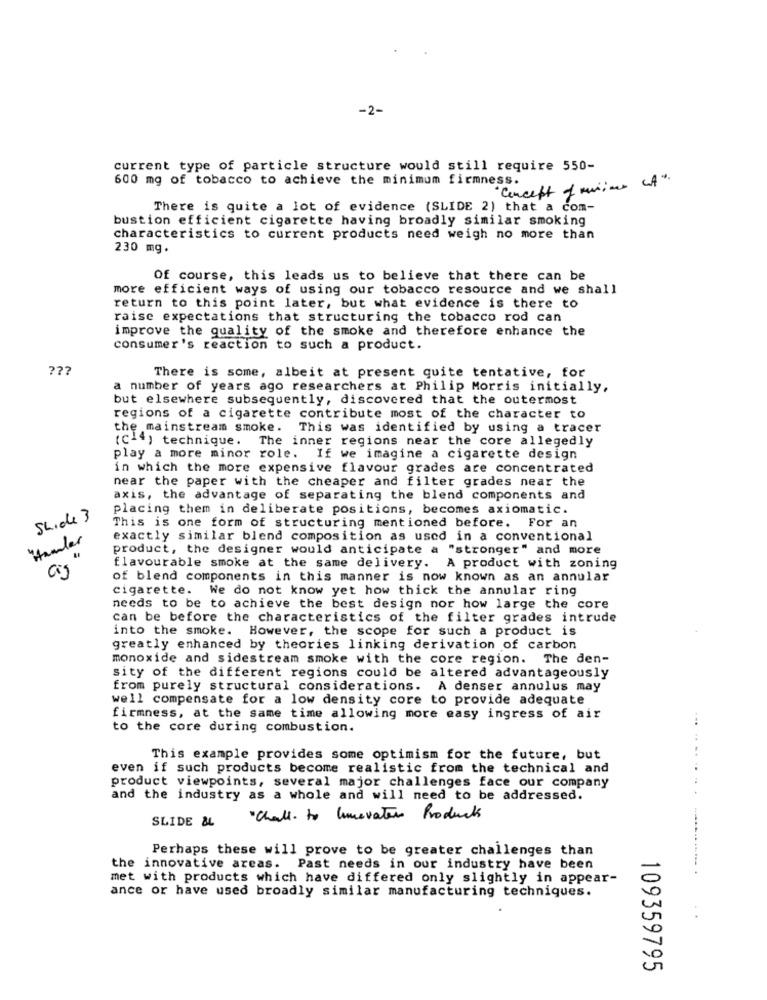
-2-
current type of particle structure would still require 550-
600 mg of tobacco to achieve the minimum firmness.
·Concept of minime LA".
There is quite a lot of evidence (SLIDE 2) that a com-
bustion efficient cigarette having broadly similar smoking
characteristics to current products need weigh no more than
230 mg.
Of course, this leads us to believe that there can be
more efficient ways of using our tobacco resource and we shall
return to this point later, but what evidence is there to
raise expectations that structuring the tobacco rod can
improve the quality of the smoke and therefore enhance the
consumer's reaction to such a product.
??
There is some, albeit at present quite tentative, for
a number of years ago researchers at Philip Morris initially,
but elsewhere subsequently, discovered that the outermost
regions of a cigarette contribute most of the character to
the mainstream smoke.
This was identified by using a tracer
(cl4) technique. The inner regions near the core allegedly
play a more minor role. If we imagine a cigarette design
in which the more expensive flavour grades are concentrated
near the paper with the cheaper and filter grades near the
axis, the advantage of separating the blend components and
placing them in deliberate positions, becomes axiomatic.
Slide 3
This is one form of structuring mentioned before. For an
Hander
exactly similar blend composition as used in a conventional
product, the designer would anticipate a "stronger" and more
flavourable smoke at the same delivery. A product with zoning
of blend components in this manner is now known as an annular
cigarette. We do not know yet how thick the annular ring
needs to be to achieve the best design nor how large the core
can be before the characteristics of the filter grades intrude
into the smoke. However, the scope for such a product is
greatly enhanced by theories linking derivation of carbon
monoxide and sidestream smoke with the core region. The den-
sity of the different regions could be altered advantageously
from purely structural considerations. A denser annulus may
well compensate for a low density core to provide adequate
firmness, at the same time allowing more easy ingress of air
to the core during combustion.
This example provides some optimism for the future, but
even if such products become realistic from the technical and
product viewpoints, several major challenges face our company
and the industry as a whole and will need to be addressed.
SLIDE &L
" Chall. to linevater Products
Perhaps these will prove to be greater challenges than
the innovative areas.
Past needs in our industry have been
met with products which have differed only slightly in appear-
ance or have used broadly similar manufacturing techniques.
109359795